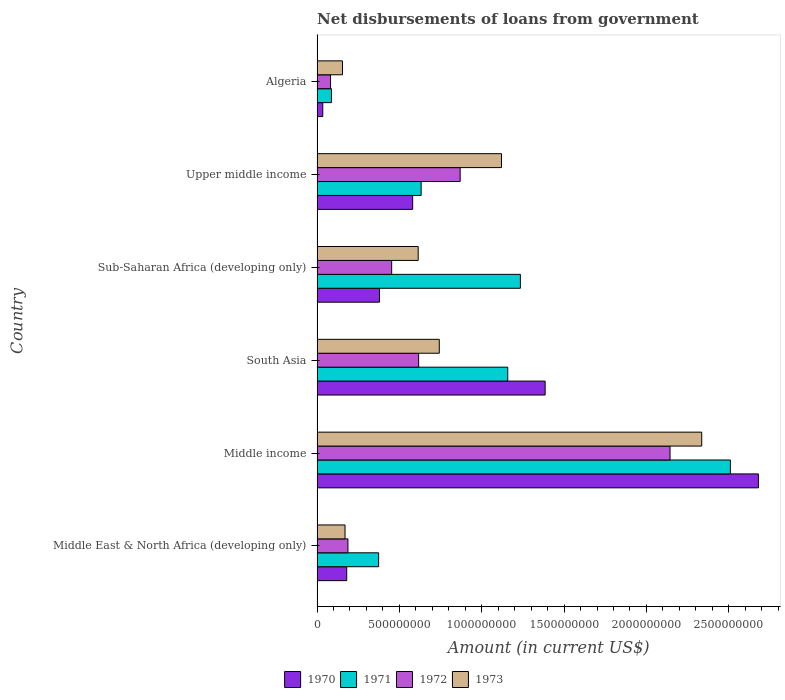
| Country | 1970 | 1971 | 1972 | 1973 |
 | --- | --- | --- | --- | --- |
 | Middle East & North Africa (developing only) | 1.8e+08 | 3.74e+08 | 1.88e+08 | 1.7e+08 |
 | Middle income | 2.68e+09 | 2.51e+09 | 2.14e+09 | 2.34e+09 |
 | South Asia | 1.39e+09 | 1.16e+09 | 6.17e+08 | 7.42e+08 |
 | Sub-Saharan Africa (developing only) | 3.79e+08 | 1.23e+09 | 4.53e+08 | 6.14e+08 |
 | Upper middle income | 5.81e+08 | 6.32e+08 | 8.69e+08 | 1.12e+09 |
 | Algeria | 3.47e+07 | 8.74e+07 | 8.2e+07 | 1.54e+08 |